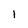
Character: 1